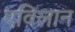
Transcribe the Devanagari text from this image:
एविलान